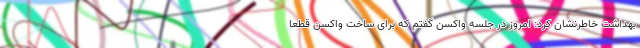
بهداشت خاطرنشان کرد: امروز در جلسه واکسن گفتم که برای ساخت واکسن قطعا